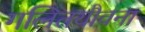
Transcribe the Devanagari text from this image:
गलितयौवना